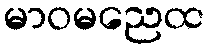
မာဝမညေထ